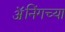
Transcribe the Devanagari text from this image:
ॲनिंगच्या